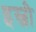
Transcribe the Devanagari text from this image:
इस्ञी